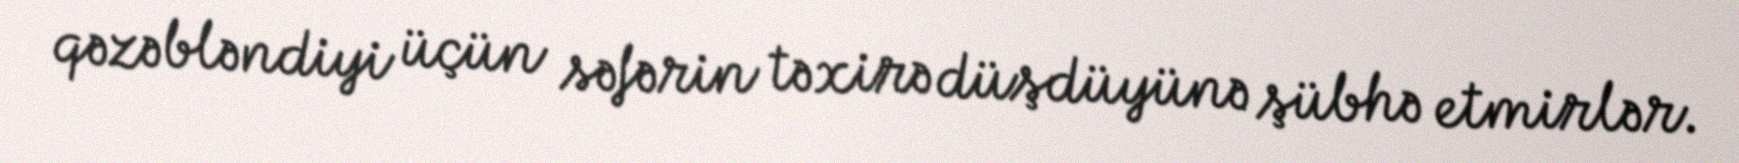
qəzəbləndiyi üçün səfərin təxirə düşdüyünə şübhə etmirlər.